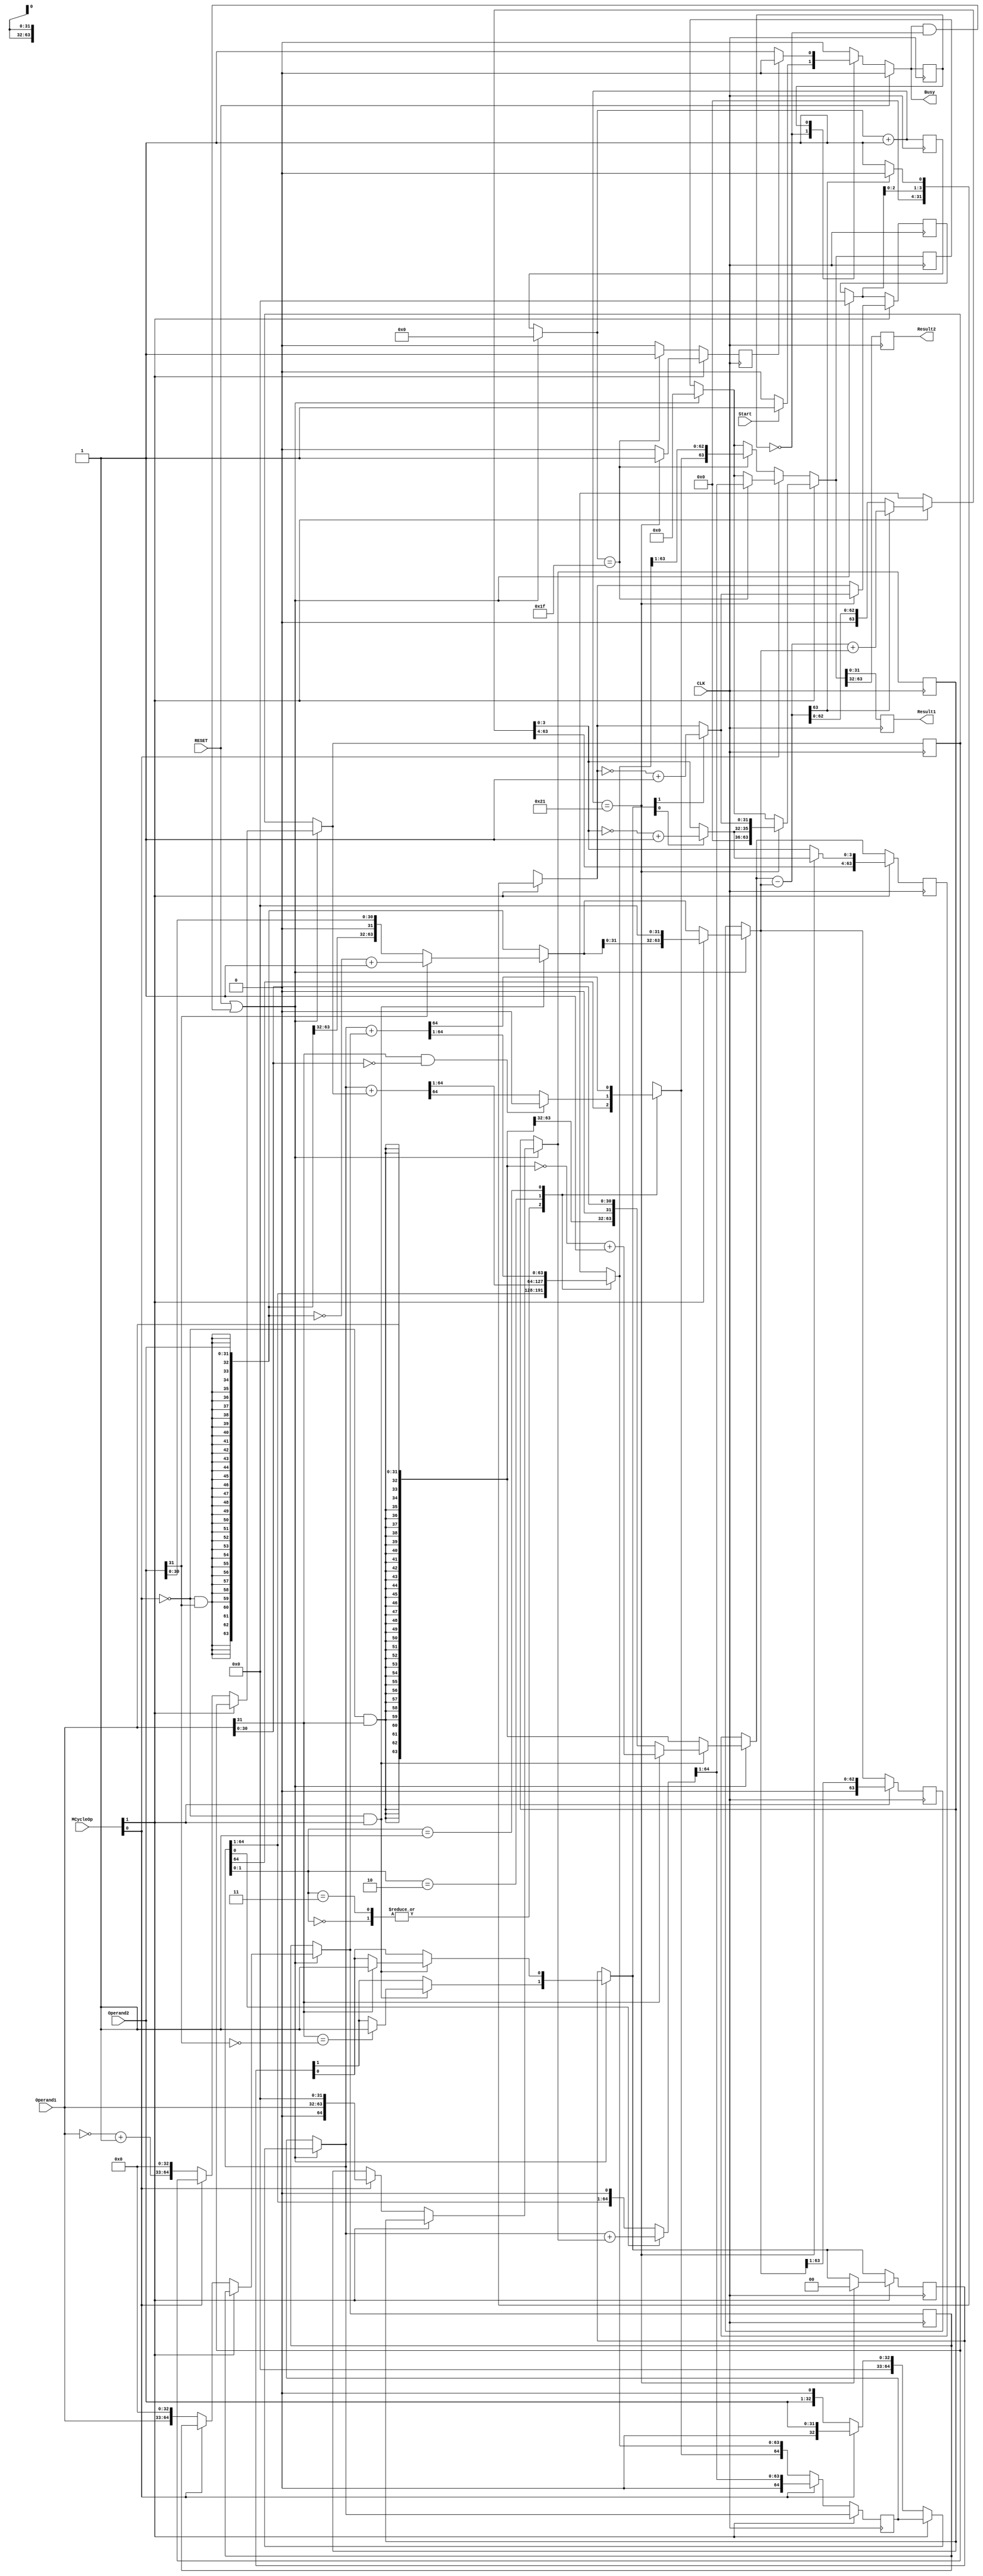
`timescale 1ns / 1ps
//////////////////////////////////////////////////////////////////////////////////
// Company: NUS
// 
// Design Name: 
// Module Name: MCycle
// Project Name: 
// Target Devices: 
// Tool Versions: 
// Description: 
// 
// Dependencies: 
// 
// Revision:
// Revision 0.01 - File Created
// Additional Comments:
// 
//////////////////////////////////////////////////////////////////////////////////
/* 
----------------------------------------------------------------------------------
--	(c) Shahzor Ahmad, Rajesh C Panicker
--	License terms :
--	You are free to use this code as long as you
--		(i) DO NOT post it on any public repository;
--		(ii) use it only for educational purposes;
--		(iii) accept the responsibility to ensure that your implementation does not violate any intellectual property of ARM Holdings or other entities.
--		(iv) accept that the program is provided "as is" without warranty of any kind or assurance regarding its suitability for any particular purpose;
--		(v) send an email to rajesh.panicker@ieee.org briefly mentioning its use (except when used for the course CG3207 at the National University of Singapore);
--		(vi) retain this notice in this file or any files derived from this.
----------------------------------------------------------------------------------
*/

module MCycle

    #(parameter width = 32) // Keep this at 4 to verify your algorithms with 4 bit numbers (easier). When using MCycle as a component in ARM, generic map it to 32.
    (
        input CLK,
        input RESET, // Connect this to the reset of the ARM processor.
        input Start, // Multi-cycle Enable. The control unit should assert this when an instruction with a multi-cycle operation is detected.
        input [1:0] MCycleOp, // Multi-cycle Operation. "00" for signed multiplication, "01" for unsigned multiplication, "10" for signed division, "11" for unsigned division. Generated by Control unit
        input [width-1:0] Operand1, // Multiplicand / Dividend
        input [width-1:0] Operand2, // Multiplier / Divisor
        output reg [width-1:0] Result1, // LSW of Product / Quotient
        output reg [width-1:0] Result2, // MSW of Product / Remainder
        output reg Busy // Set immediately when Start is set. Cleared when the Results become ready. This bit can be used to stall the processor while multi-cycle operations are on.
    );
    
// use the Busy signal to reset WE_PC to 0 in ARM.v (aka "freeze" PC). The two signals are complements of each other
// since the IDLE_PROCESS is combinational, instantaneously asserts Busy once Start is asserted
  
    parameter IDLE = 1'b0 ;  // will cause a warning which is ok to ignore - [Synth 8-2507] parameter declaration becomes local in MCycle with formal parameter declaration list...

    parameter COMPUTING = 1'b1 ; // this line will also cause the above warning
    reg state = IDLE ;
    reg n_state = IDLE ;
   
    reg done ;
    reg [1:0] sign_cases = 0;
    reg [7:0] count = 0 ; // assuming no computation takes more than 256 cycles.
    reg [2*width-1:0] temp_sum = 0 ;
    reg [2*width-1:0] shifted_op1 = 0 ;
    reg [2*width-1:0] shifted_op2 = 0 ;    
    
    /*************** Division Registers ***************/
    reg [width-1:0] quotient = 0 ;
    
    /************** Multiplication Registers ***************/
    reg signed [(2*width):0] temp_sum_booth = 0;   // temp_sum with 1 bit of extra space, for boothBit
    reg [(2*width):0] boothMultiplicand = 0;       // Multiplicand aligned to MSB of temp_sum_booth
    reg [(2*width):0] boothMultiplicand2s = 0;     // 2s complemented Multiplicand aligned to MSB of temp_sum_booth
    reg [2*width:0] temp_shifted_op1 = 0;          // used for Sequential Multiplier (unsigned)
   
    always@( state, done, Start, RESET ) begin : IDLE_PROCESS  
		// Note : This block uses non-blocking assignments to get around an unpredictable Verilog simulation behaviour.
        // default outputs
        Busy <= 1'b0 ;
        n_state <= IDLE ;
        
        // reset
        if(~RESET)
            case(state)
                IDLE: begin
                    if(Start) begin // note: a mealy machine, since output depends on current state (IDLE) & input (Start)
                        n_state <= COMPUTING ;
                        Busy <= 1'b1 ;
                    end
                end
                COMPUTING: begin
                    if(~done) begin
                        n_state <= COMPUTING ;
                        Busy <= 1'b1 ;
                    end
                end        
            endcase    
    end


    always@( posedge CLK ) begin : STATE_UPDATE_PROCESS // state updating
        state <= n_state ;    
    end

    
    always@( posedge CLK ) begin : COMPUTING_PROCESS // process which does the actual computation
        // n_state == COMPUTING and state == IDLE implies we are just transitioning into COMPUTING
        if( RESET | (n_state == COMPUTING & state == IDLE) ) begin // 2nd condition is true during the very 1st clock cycle of the multiplication
            count = 0 ;
            temp_sum = 0 ;
            quotient = 0;
            shifted_op1 = { {width{~MCycleOp[0] & Operand1[width-1]}}, Operand1 } ; // sign extend the operands  
            shifted_op2 = { {width{~MCycleOp[0] & Operand2[width-1]}}, Operand2 } ; // sign extend the operands
            
            /////////////////////////// DIVISION PREPROCESSING ///////////////////////////
            
            if (~MCycleOp[0] & MCycleOp[1]) begin     // for Signed Division Only
                // change operands to +ve if -ve
                if (Operand1[width-1] == 1) begin     
                    shifted_op1 = ~shifted_op1 + 1'b1;
                end
                if (Operand2[width-1] == 1) begin     
                    shifted_op2 = ~shifted_op2 + 1'b1;
                end
               
               if (Operand1[width-1]) begin      // Dividend is -ve
                    sign_cases[0] = 1;            // To invert remainder
                end
                
                if (Operand1[width-1] == ~Operand2[width-1]) begin     // if dividend and divisor are opp signs
                    sign_cases[1] = 1;              // To invert the quotient
                end
            end
            
            if (MCycleOp[1]) begin      // To fill LSBs of Divisor with 0s
                shifted_op2 = { shifted_op2[width - 1:0], {width{1'b0}} };
            end
            
            /////////////////////////// MULTIPLICATION PREPROCESSING ///////////////////////////
            if (~MCycleOp[1]) begin
                if (~MCycleOp[0]) begin
                    // Signed Multiplication
                    temp_sum_booth = { {(width){1'b0}}, Operand2, {1{1'b0}} };      // store Multiplier and boothBit in LSBs
                    boothMultiplicand = { Operand1, {(width+1){1'b0}} };
                    boothMultiplicand2s = { (~Operand1 + 1'b1), {(width+1){1'b0}} };
                end else begin
                    // Unsigned Multiplication
                    temp_sum_booth = { {(width+1){1'b0}}, Operand2};
                    temp_shifted_op1 = { 1'b0, Operand1, {(width){1'b0}} };
                end
            end
        end;
               
        done <= 1'b0 ;   
        
        //////////////////// Multiply (Operand1 = Multiplier, Operand2 = Multiplicand) ////////////////////
        if(~MCycleOp[1]) begin
            // if(~MCycleOp[0]) aka signed,
            //   - Booth's Algorithm takes (WIDTH) cycles to execute, only need to iterate through bits of Multiplier
            //      - guaranteed not to overflow due to additional bit at LSB
            //   - Sequential Multiplication takes (WIDTH) cycles to execute
            //      - chance of overflow, need to consider carry bit
            
            // Signed Multiplication (using Booth's Algorithm)
            if (~MCycleOp[0]) begin
                
                case (temp_sum_booth[1:0])
                    2'b00 : begin
                                temp_sum_booth = temp_sum_booth >>> 1;
                            end
                    2'b11 : begin
                                temp_sum_booth = temp_sum_booth >>> 1;
                            end
                    2'b10 : begin
                                temp_sum_booth = temp_sum_booth + boothMultiplicand2s;
                                temp_sum_booth = temp_sum_booth >>> 1;
                                
                                // if Multiplicand is the most negative number in 2s complement, then 2s complementing it again will make NO difference.
                                // Thus, use a carry flag to deal with this (ensure that after shift operation, the result is seen as POSITIVE, i.e MSB is 0)
                                if (Operand1[width-1] == 1'b1 && Operand1[width-2:0] == 0)
                                    temp_sum_booth[2*width] = 1'b0;
                            end
                    2'b01 : begin
                                temp_sum_booth = temp_sum_booth + boothMultiplicand;
                                temp_sum_booth = temp_sum_booth >>> 1;
                            end
                endcase
                
                // check if last cycle
                if(count == width-1) begin
                    temp_sum = temp_sum_booth[(2*width):1];    // remove boothBit from result
                    done <= 1'b1;
                end   
                               
                count = count + 1;
            end
            
            
            // Unsigned Multiplier (Sequential Algorithm)
            else begin
               if (temp_sum_booth[0]) begin
                        temp_sum_booth = temp_sum_booth + temp_shifted_op1;
                end
                
                temp_sum_booth = temp_sum_booth >> 1;
                
                if (count == width-1) begin // last cycle?
                    done <= 1'b1;
                    temp_sum = temp_sum_booth[(2*width-1):0];
                end
                
                count = count + 1;  
            end 
        end    
        
         ///////////////////////////////////////////// Division /////////////////////////////////////////////
        else if (MCycleOp[1]) begin     // division.
            // shifted_op1 -- Dividend / Remainder
            // shifted_op2 -- Divisor
            
            shifted_op1 = shifted_op1 - shifted_op2;
            
            if (shifted_op1[2*width-1] == 0) begin      // remainder >= 0
                quotient = {quotient[2:0], 1'b1};       // shift Quotient left with LSB = 1
            end
            else begin      // remainder < 0
                shifted_op1 = shifted_op1 + shifted_op2;     // add back the divisor
                quotient = {quotient[2:0], 1'b0};           // shift Quotient by left with LSB = 0
            end
              
            shifted_op2 = {1'b0, shifted_op2[2*width-1:1]};  // divisor shift right
            
            count = count + 1;
            
          
            if(count == width + 1) begin       // check for last cycle
                if (sign_cases[0] == 1) begin
                    shifted_op1[3:0] = ~shifted_op1[3:0] + 1'b1;
                end
                if (sign_cases[1] == 1) begin 
                    quotient = ~quotient + 1'b1;
                end
                
                temp_sum = {shifted_op1[3:0], quotient};   // remainder as MSW and quotient as LSW  
                sign_cases = 2'b0;
                done <= 1'b1;
            end
        
        end
        
        
        Result2 <= temp_sum[2*width-1 : width] ;
        Result1 <= temp_sum[width-1 : 0] ;     
    end
endmodule